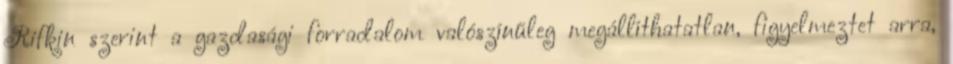
Rifkin szerint a gazdasági forradalom valószínűleg megállíthatatlan, figyelmeztet arra,